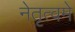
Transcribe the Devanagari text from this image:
नेतृत्वमे